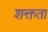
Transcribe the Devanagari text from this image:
शक्तता